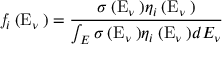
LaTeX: { \mathrm { \it ~ f } } _ { i } { \mathrm { \tiny ~ ( E } } _ { \nu } \mathrm { \tiny ~ ) } = \frac { \sigma { \mathrm { \tiny ~ ( E } } _ { \nu } \mathrm { \tiny ~ ) } \eta _ { i } { \mathrm { \tiny ~ ( E } } _ { \nu } \mathrm { \tiny ~ ) } } { \int _ { E } \sigma { \mathrm { \tiny ~ ( E } } _ { \nu } \mathrm { \tiny ~ ) } \eta _ { i } { \mathrm { \tiny ~ ( E } } _ { \nu } \mathrm { \tiny ~ ) } d E _ { \nu } }